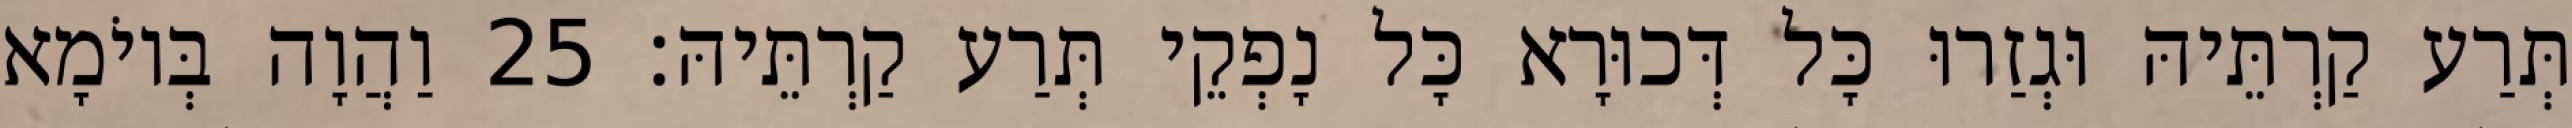
תְּרַע קַרְתֵּיהּ וּגְזַרוּ כָּל דְּכוּרָא כָּל נָפְקֵי תְּרַע קַרְתֵּיהּ׃ 25 וַהֲוָה בְּיוֹמָא